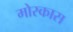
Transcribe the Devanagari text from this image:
मोस्कास